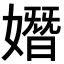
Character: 𡡖